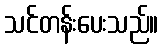
သင်တန်းပေးသည်။